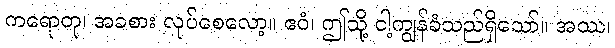
ကရောတု၊ အခစား လုပ်စေလော့။ ဧဝံ၊ ဤသို့ ငါ့ကျွန်ခံသည်ရှိသော်။ အဿ၊